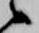
候